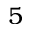
5